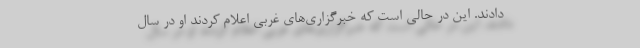
دادند. این در حالی است که خبرگزاری‌های غربی اعلام کردند او در سال